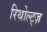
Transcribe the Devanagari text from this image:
रिथोल्ट्ज़